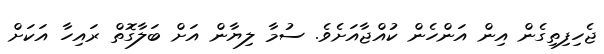
ޖެހިފިތިގެން އިން އަންހެން ކުއްޖާއަށެވެ. ސުމާ ލިޔާން އަށް ބަލާގޮތް ރައިހާ އަކަށް